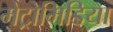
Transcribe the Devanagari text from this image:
मेट्रोमिडिया